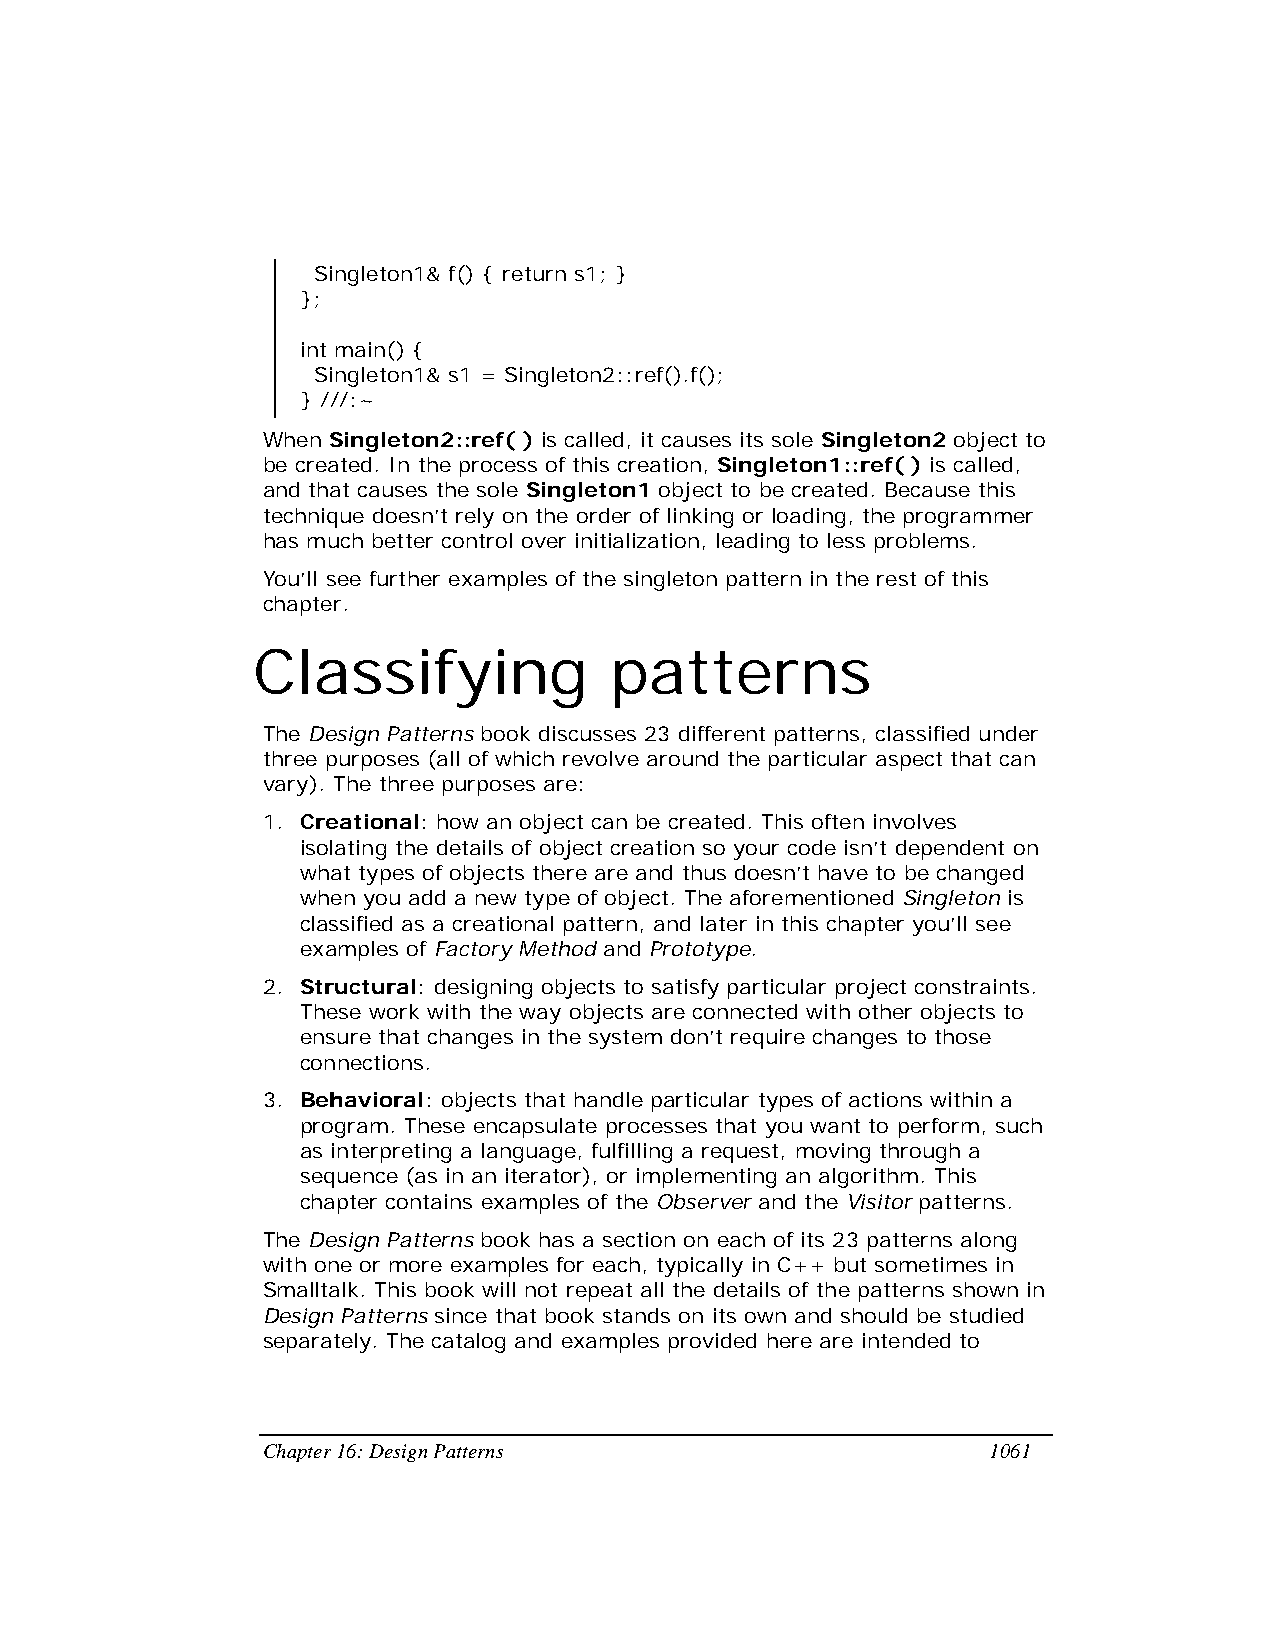
Singleton1& f() { return s1; }
 };
 int main() {
 Singleton1& s1 = Singleton2::ref().f();
 } ///:~
 When Singleton2::ref( ) is called, it causes its sole Singleton2 object to
 be created. In the process of this creation, Singleton1::ref( ) is called,
 and that causes the sole Singleton1 object to be created. Because this
 technique doesn’t rely on the order of linking or loading, the programmer
 has much better control over initialization, leading to less problems.
 You’ll see further examples of the singleton pattern in the rest of this
 chapter.
 Classifying            patterns
 The Design Patterns book discusses 23 different patterns, classified under
 three purposes (all of which revolve around the particular aspect that can
 vary). The three purposes are:
 1. Creational: how an object can be created. This often involves
 isolating the details of object creation so your code isn’t dependent on
 what types of objects there are and thus doesn’t have to be changed
 when you add a new type of object. The aforementioned Singleton is
 classified as a creational pattern, and later in this chapter you’ll see
 examples of Factory Method and Prototype.
 2. Structural: designing objects to satisfy particular project constraints.
 These work with the way objects are connected with other objects to
 ensure that changes in the system don’t require changes to those
 connections.
 3. Behavioral: objects that handle particular types of actions within a
 program. These encapsulate processes that you want to perform, such
 as interpreting a language, fulfilling a request, moving through a
 sequence (as in an iterator), or implementing an algorithm. This
 chapter contains examples of the Observer and the Visitor patterns.
 The Design Patterns book has a section on each of its 23 patterns along
 with one or more examples for each, typically in C++ but sometimes in
 Smalltalk. This book will not repeat all the details of the patterns shown in
 Design Patterns since that book stands on its own and should be studied
 separately. The catalog and examples provided here are intended to
 Chapter 16: Design Patterns                     1061